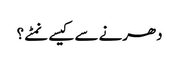
دھرنے سے کیسے نمٹے ؟